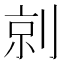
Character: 剠